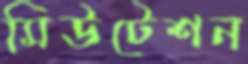
মিউটেশন